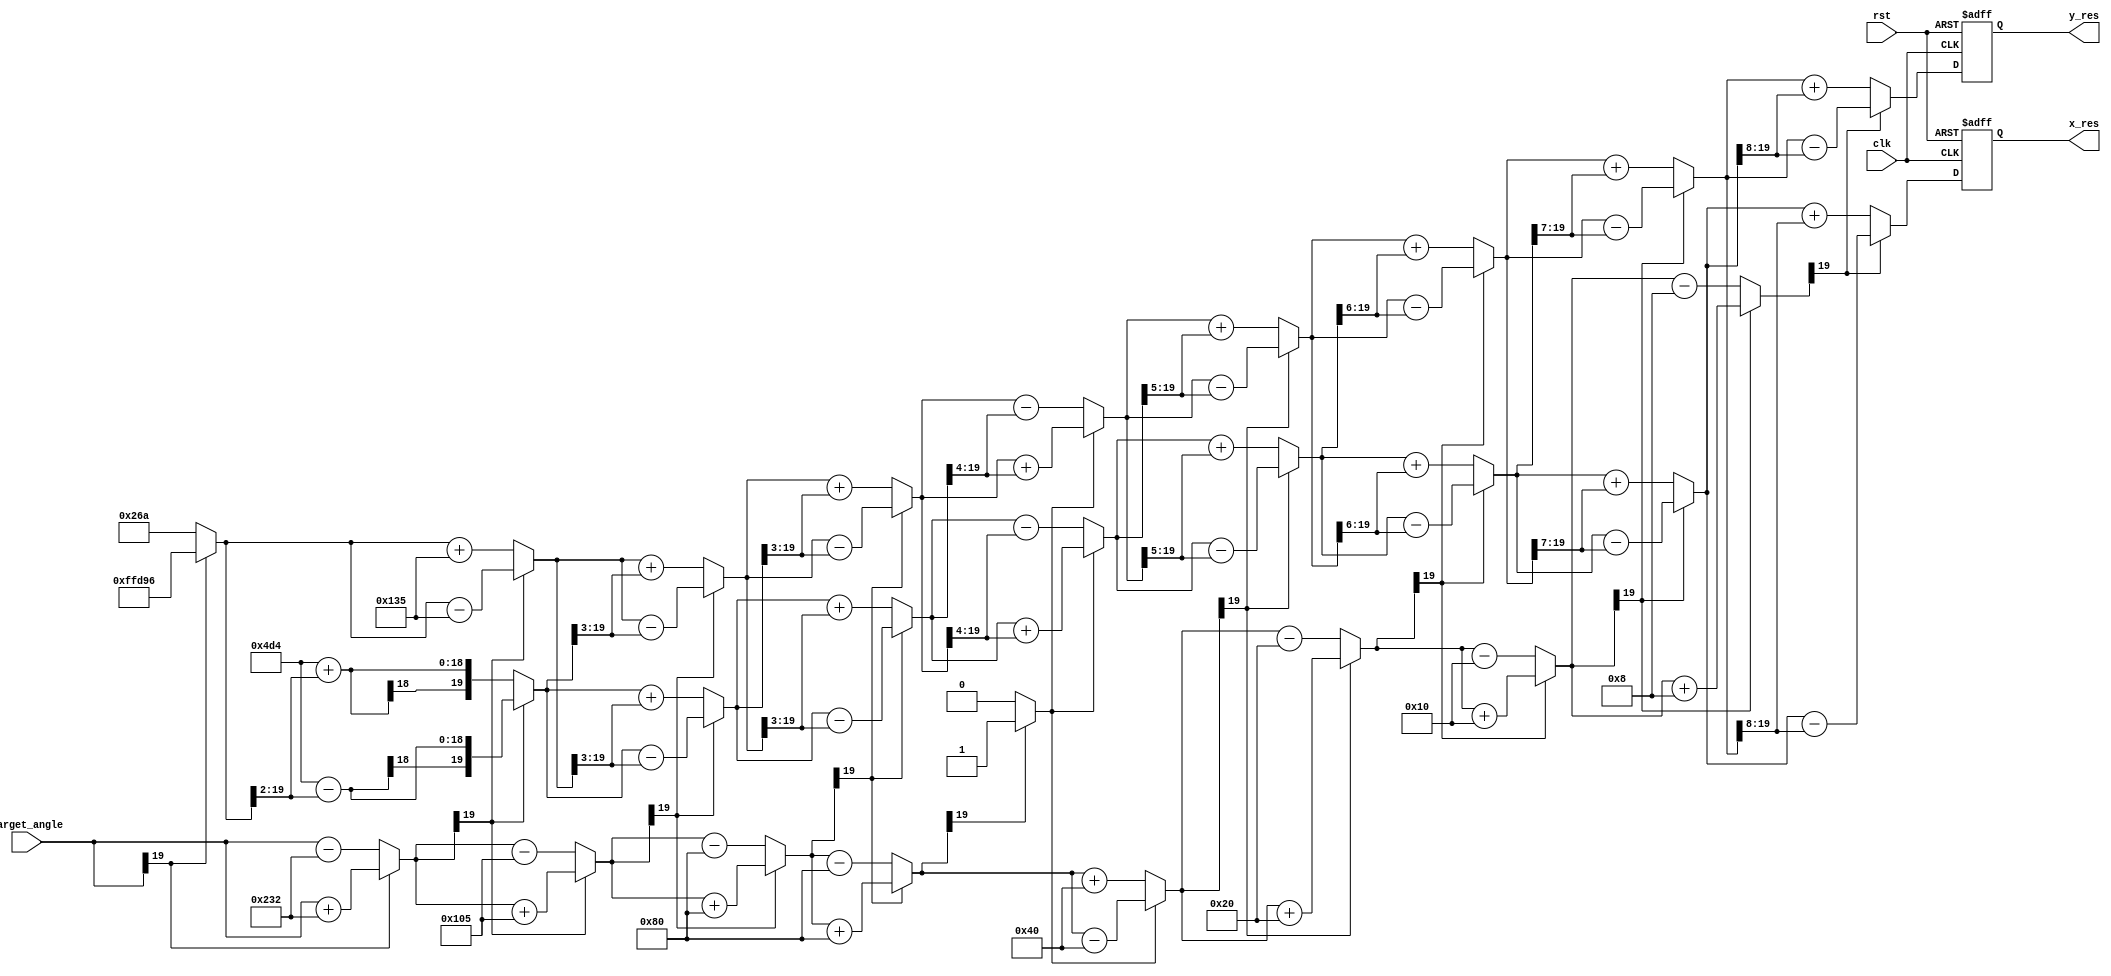
module cordic_sinh_cosh(clk,rst,target_angle,x_res,y_res);

// Apparently verilog does not support two dimensional arrays as ports (system verilog does)
// However, let us see if this works for simulation

 input clk,rst;  // Input clock and reset signals
 input signed [19:0] target_angle;   // 20 bits to denote the target angle of rotation (10 bits including MSB for the integer part and 10 bits for the fractional part)
 
 
 output reg signed [19:0] x_res; // 20 bits (10 for integer part and 10 for fractional part) to store the x-coordinate of the final rotated vector
 output reg signed [19:0] y_res; // 20 bits (10 for integer part and 10 for fractional part) to store the y-coordinate of the final rotated vector
// output reg [31:0] final_rotation_angle; // dummy output register to overcome RTL error 
 
// wire signed [19:0] x_res_comb; // 20 bits (4 for integer part and 16 for fractional part) to store the x-coordinate of the final rotated vector
// wire signed [19:0] y_res_comb; // 20 bits (4 for integer part and 16 for fractional part) to store the y-coordinate of the final rotated vector
 
 reg signed [19:0] x [9:1];  // to store the x-coordinates of each step (4 bits for the integer part including MSB and 16 bits for the fractional part)
 reg signed [19:0] y [9:1];  // to store the y-coordinates of each step (4 bits for the integer part including MSB and 16 bits for the fractional part)
 
 wire signed[19:0] look_up [8:1];       // to store look up values of arc tan using 20 bits (16 bits including MSB to denote the integer part and 4 bits to denote the fractional part)
 reg  signed[19:0] z[8:1];  // Array of 20 bit registers to store the rotated angle 
 reg  d[8:1]; // Array of 1 bit registers to denote the direction of rotation. 1/0 => Anticlockwise / Clockwise rotation 

 
 
 reg signed [19:0] x4; // Used to store the x result when the 4th iteration is repeated
 reg signed [19:0] y4; // Used to store the y result when the 4th iteration is repeated
 reg signed [19:0] z4; // Used to store the z result when the 4th iteration is repeated
 reg d4;  

 // In the look up table of tanh inverse (2^-i), 10 bits are used for the integer part and 10 bits for the fractional part
 assign look_up[1] = {{10{1'b0}},{10'b1000110010}};   // tanh inverse(2^-1) = 0.5493
 assign look_up[2] = {{10{1'b0}},{10'b0100000101}};   // tanh inverse(2^-2) = 0.2554
 assign look_up[3] = {{10{1'b0}},{10'b0010000000}};   // tanh inverse(2^-3) = 0.1256
 assign look_up[4] = {{10{1'b0}},{10'b0001000000}};   // tanh inverse(2^-4) = 0.0625
 assign look_up[5] = {{10{1'b0}},{10'b0000100000}};   // tanh inverse(2^-5) = 0.0312
 assign look_up[6] = {{10{1'b0}},{10'b0000010000}};   // tanh inverse(2^-6) = 0.0156
 assign look_up[7] = {{10{1'b0}},{10'b0000001000}};   // tanh inverse(2^-7) = 0.0078
 assign look_up[8] = {{10{1'b0}},{10'b0000000100}};   // tanh inverse(2^-8) = 0.0039

 always@(posedge clk , negedge rst)   // Asynchronous Reset
  begin
    if (rst == 0)
       begin
         x_res [19:0]     <= 20'b0;
         y_res [19:0]     <= 20'b0;  
       end 
    else 
       begin
         x_res [19:0] <= x[9][19:0];
         y_res [19:0] <= y[9][19:0];
       end
  end

 // Place them in a separate always block as they are fixed (This helps us avoid numerous RTL errors)
 always@(*)
   begin
      x[1] = 20'b00000000010011010100; // x[1] = 1.2075 (10 bits for the integer part and 10 bits for the fractional part)
      y[1] = 20'b00000000000000000000; // y[1] = 0.0000 (10 bits for the integer part and 10 bits for the fractional part)
      z[1] = target_angle; // First we always rotate by 0 degrees => Update the rotated angle accordingly
      d[1] = (z[1][19] == 0) ? 1 : 0;
   end
   
   
 always@(*)
   begin

//step 2
     x[2] = (d[1] == 1) ? (x[1] + (y[1]>>>1)) : (x[1]-(y[1]>>>1));
     y[2] = (d[1] == 1) ? (y[1] + (x[1]>>>1)) : (y[1]-(x[1]>>>1));
     z[2] = (d[1] == 1) ? (z[1] - look_up[1]) : (z[1]+look_up[1]);
     d[2] = (z[2][19] == 0) ? 1 : 0;   
     
//step 3
     x[3] = (d[2] == 1) ? (x[2] + (y[2]>>>2)) : (x[2]-(y[2]>>>2));
     y[3] = (d[2] == 1) ? (y[2] + (x[2]>>>2)) : (y[2]-(x[2]>>>2));
     z[3] = (d[2] == 1) ? (z[2] - look_up[2]) : (z[2]+look_up[2]);
     d[3] = (z[3][19] == 0) ? 1 : 0; 
     
//step 4
     x[4] = (d[3] == 1) ? (x[3] + (y[3]>>>3)) : (x[3]-(y[3]>>>3));
     y[4] = (d[3] == 1) ? (y[3] + (x[3]>>>3)) : (y[3]-(x[3]>>>3));
     z[4] = (d[3] == 1) ? (z[3] - look_up[3]) : (z[3]+look_up[3]);
     d[4] = (z[4][19] == 0) ? 1 : 0; 

// step 4_prime (Repeat of iteration 4 for convergence purposes)
     x4 = (d[4] == 1) ? (x[4] + (y[4]>>>3)) : (x[4]-(y[4]>>>3));
     y4 = (d[4] == 1) ? (y[4] + (x[4]>>>3)) : (y[4]-(x[4]>>>3));
     z4 = (d[4] == 1) ? (z[4] - look_up[3]) : (z[4]+look_up[3]);
     d4 = (z4[19] == 0) ? 0 : 1;
         
//step 5
     x[5] = (d4 == 1) ? (x4 + (y4>>>4)) : (x4-(y4>>>4));
     y[5] = (d4 == 1) ? (y4 + (x4>>>4)) : (y4-(x4>>>4));
     z[5] = (d4 == 1) ? (z4 - look_up[4]) : (z4+look_up[4]);
     d[5] = (z[5][19] == 0) ? 1 : 0; 
     
//step 6
     x[6] = (d[5] == 1) ? (x[5] + (y[5]>>>5)) : (x[5]-(y[5]>>>5));
     y[6] = (d[5] == 1) ? (y[5] + (x[5]>>>5)) : (y[5]-(x[5]>>>5));
     z[6] = (d[5] == 1) ? (z[5] - look_up[5]) : (z[5]+look_up[5]);
     d[6] = (z[6][19] == 0) ? 1 : 0; 
     
//step 7
     x[7] = (d[6] == 1) ? (x[6] + (y[6]>>>6)) : (x[6]-(y[6]>>>6));
     y[7] = (d[6] == 1) ? (y[6] + (x[6]>>>6)) : (y[6]-(x[6]>>>6));
     z[7] = (d[6] == 1) ? (z[6] - look_up[6]) : (z[6]+look_up[6]);
     d[7] = (z[7][19] == 0) ? 1 : 0; 
     
//step 8
     x[8] = (d[7] == 1) ? (x[7] + (y[7]>>>7)) : (x[7]-(y[7]>>>7));
     y[8] = (d[7] == 1) ? (y[7] + (x[7]>>>7)) : (y[7]-(x[7]>>>7));
     z[8] = (d[7] == 1) ? (z[7] - look_up[7]) : (z[7]+look_up[7]);
     d[8] = (z[8][19] == 0) ? 1 : 0; 
     
//step 9
     x[9] = (d[8] == 1) ? (x[8] + (y[8]>>>8)) : (x[8]-(y[8]>>>8));
     y[9] = (d[8] == 1) ? (y[8] + (x[8]>>>8)) : (y[8]-(x[8]>>>8));
     z[9] = (d[8] == 1) ? (z[8] - look_up[8]) : (z[8]+look_up[8]);
     d[9] = (z[9][19] == 0) ? 1 : 0; 
   end

endmodule